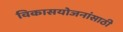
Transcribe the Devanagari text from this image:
विकासयोजनांसाठी